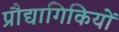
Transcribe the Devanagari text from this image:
प्रौद्यागिकियों